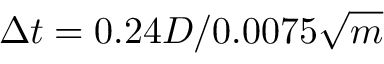
\Delta t = 0 . 2 4 D / 0 . 0 0 7 5 \sqrt { m }